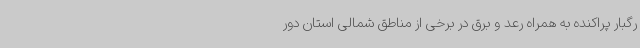
رگبار پراکنده به همراه رعد و برق در برخی از مناطق شمالی استان دور